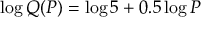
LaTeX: \log Q ( P ) = \log 5 + 0 . 5 \log P